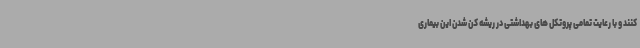
کنند و با رعایت تمامی پروتکل های بهداشتی در ریشه کن شدن این بیماری